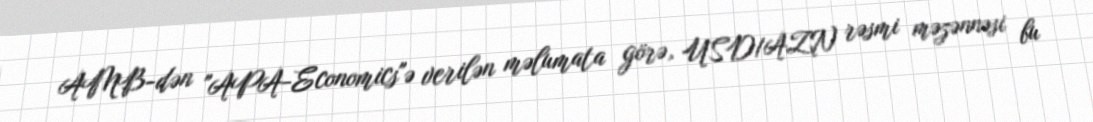
AMB-dən "APA-Economics"ə verilən məlumata görə, USD/AZN rəsmi məzənnəsi bu